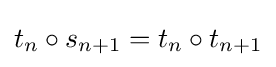
t_{n}\circ s_{n+1}=t_{n}\circ t_{n+1}